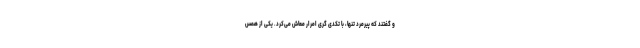
و گفتند که پیرمرد تنها، با تکدی گری امرار معاش می‌کرد. یکی از همس